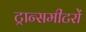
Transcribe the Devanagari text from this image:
ट्रान्समीटरों